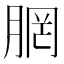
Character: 𪱣